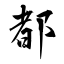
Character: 都